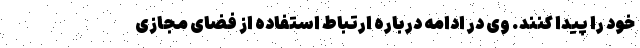
خود را پیدا کنند. وی در ادامه درباره ارتباط استفاده از فضای مجازی